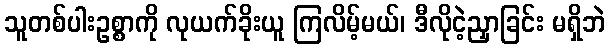
သူတစ်ပါးဥစ္စာကို လုယက်ခိုးယူ ကြလိမ့်မယ်၊ ဒီလိုငဲ့ညှာခြင်း မရှိဘဲ